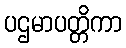
ပဌမာပတ္တိကာ